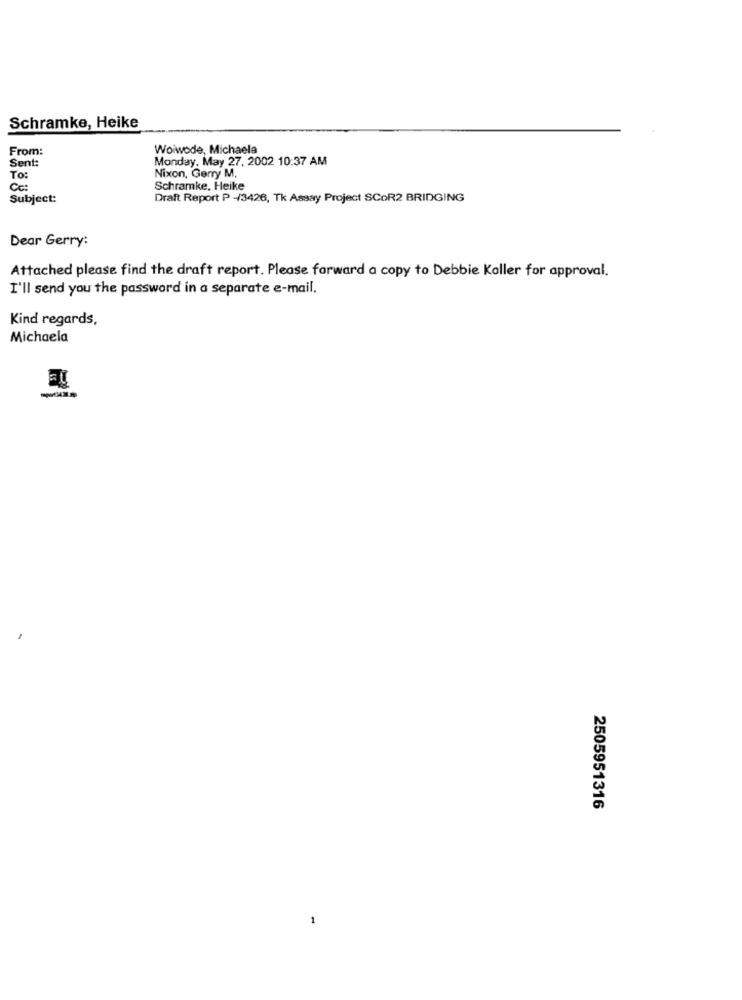
Schramke, Heike
From:
Woiwode, Michaela
Sent:
Monday, May 27, 2002 10:37 AM
To:
Nixon, Gerry M.
Cc:
Schramke, Heike
Subject:
Draft Report P -3426, Tk Assay Project SCOR2 BRIDGING
Dear Gerry:
Attached please find the draft report. Please forward a copy to Debbie Koller for approval.
I'll send you the password in a separate e-mail.
Kind regards,
Michaela
2505951316